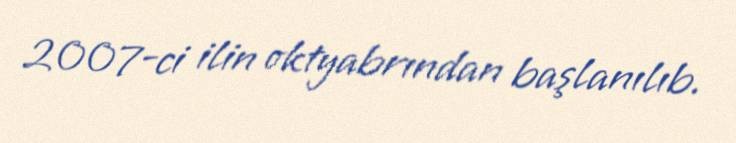
2007-ci ilin oktyabrından başlanılıb.